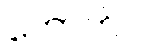
ကောက်ပဲ